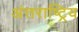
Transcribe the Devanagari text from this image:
अंत्तराष्ट्रिय